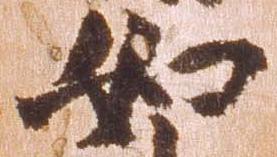
如